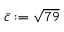
\bar { c } : = \sqrt { 7 9 }